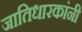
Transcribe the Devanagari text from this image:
जातिधारकांनी